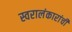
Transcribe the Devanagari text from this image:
स्वरालंकारांची